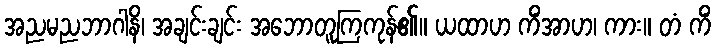
အညမညဘာဂါနိ၊ အချင်းချင်း အဘောတူကြကုန်၏။ ယထာဟ ကိံအာဟ၊ ကား။ တံ ကိံ